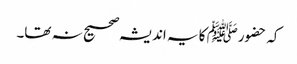
کہ حضورﷺ کا یہ اندیشہ صحیح نہ تھا۔